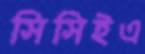
সিসিইএ